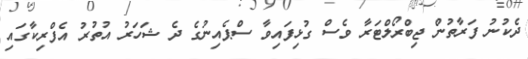
ދެކުނު ފަރާތުން ޖިބްރޯލްޓަރާ ވެސް ގުޅިފައިވާ ސްޕެއިނުގެ ދެ ޝަހަރު އުތުރު އެފްރިކާގައި